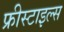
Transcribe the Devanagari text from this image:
फ्रीस्टाइल्स